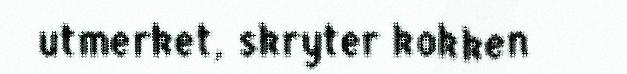
utmerket, skryter kokken